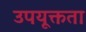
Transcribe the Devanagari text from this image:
उपयूक्तता